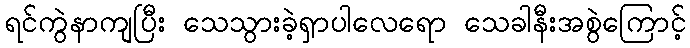
ရင်ကွဲနာကျပြီး သေသွားခဲ့ရှာပါလေရော သေခါနီးအစွဲကြောင့်